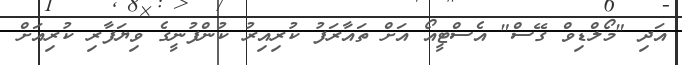
އަދި "މޯލްޑިވް ގޭސް" އެސްޓީއޯ އަށް ތައާރަފު ކުރިއިރު ކުންފުނީގެ ވިޔަފާރި ކުރިއަށް